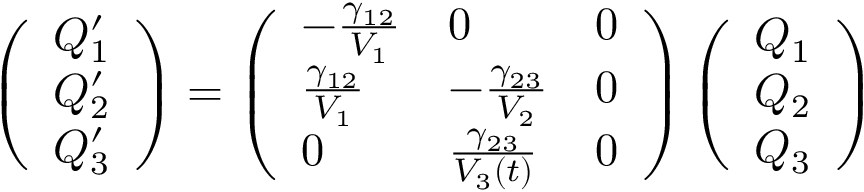
\centering \left( \begin{array} { l } { Q _ { 1 } ^ { \prime } } \\ { Q _ { 2 } ^ { \prime } } \\ { Q _ { 3 } ^ { \prime } } \end{array} \right) = \left( \begin{array} { l l l } { - \frac { \gamma _ { 1 2 } } { V _ { 1 } } } & { 0 } & { 0 } \\ { \frac { \gamma _ { 1 2 } } { V _ { 1 } } } & { - \frac { \gamma _ { 2 3 } } { V _ { 2 } } } & { 0 } \\ { 0 } & { \frac { \gamma _ { 2 3 } } { V _ { 3 } ( t ) } } & { 0 } \end{array} \right) \left( \begin{array} { l } { Q _ { 1 } } \\ { Q _ { 2 } } \\ { Q _ { 3 } } \end{array} \right)